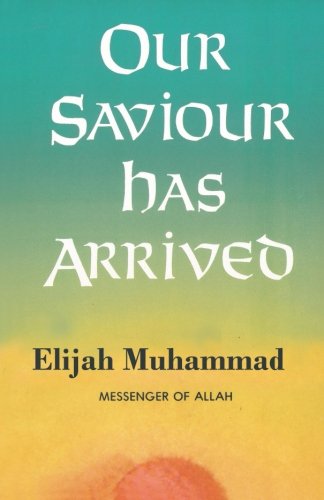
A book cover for Our Saviour Has Arrived; Elijah Muhammad; Religion & Spirituality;